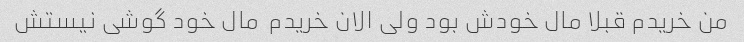
من خریدم قبلا مال خودش بود ولی الان خریدم  مال خود گوشی نیستش